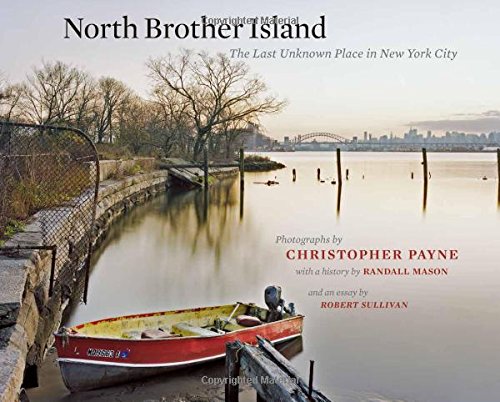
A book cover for North Brother Island: The Last Unknown Place in New York City (Empire State Editions); Christopher Payne; Arts & Photography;